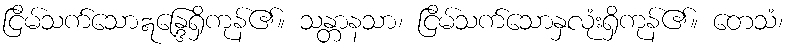
ငြိမ်သက်သောဣန္ဒြေရှိကုန်၏။ သန္တာနသာ၊ ငြိမ်သက်သောနှလုံးရှိကုန်၏။ တေသံ၊